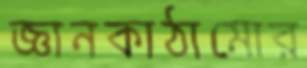
জ্ঞানকাঠামোর